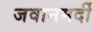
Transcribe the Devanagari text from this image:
जवानमर्दी